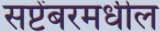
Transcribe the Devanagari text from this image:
सप्टेंबरमधील